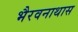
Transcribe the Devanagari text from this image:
भैरवनाथास